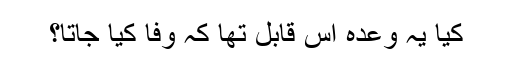
کیا یہ وعدہ اس قابل تھا کہ وفا کیا جاتا؟